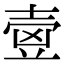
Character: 㚃